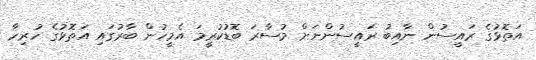
އަތޮޅުގެ ރައީސުން ނާއިބު ރައީސުންނަށް މުސާރަ ބޮޑުކުރީމަ އެމީހުން ބާރުގައި އަތޮޅުގެ ހުރިހާ